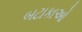
બટાકાઓ